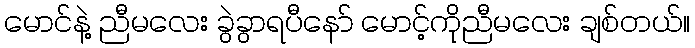
မောင်နဲ့ ညီမလေး ခွဲခွာရပီနော် မောင့်ကိုညီမလေး ချစ်တယ်။